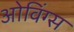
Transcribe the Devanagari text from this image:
ओविंग्स